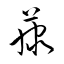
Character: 藤